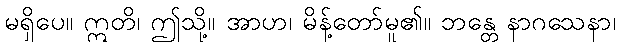
မရှိပေ။ ဣတိ၊ ဤသို့။ အာဟ၊ မိန့်တော်မူ၏။ ဘန္တေ နာဂသေနာ၊